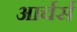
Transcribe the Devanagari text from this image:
आर्चर्स